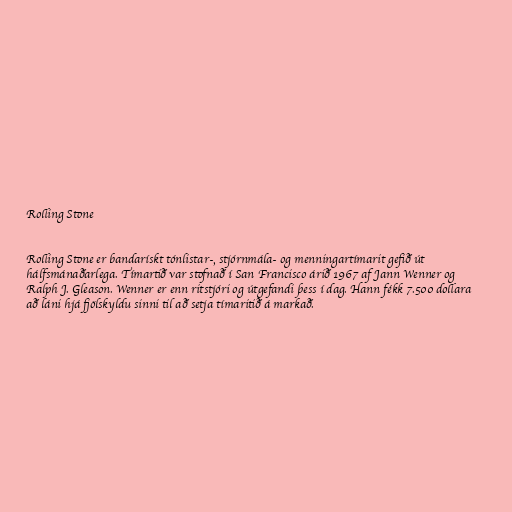
Rolling Stone

Rolling Stone er bandarískt tónlistar-, stjórnmála- og menningartímarit gefið út
hálfsmánaðarlega. Tímartið var stofnað í San Francisco árið 1967 af Jann Wenner og
Ralph J. Gleason. Wenner er enn ritstjóri og útgefandi þess í dag. Hann fékk 7.500 dollara
að láni hjá fjölskyldu sinni til að setja tímaritið á markað.